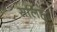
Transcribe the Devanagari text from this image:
सलिह